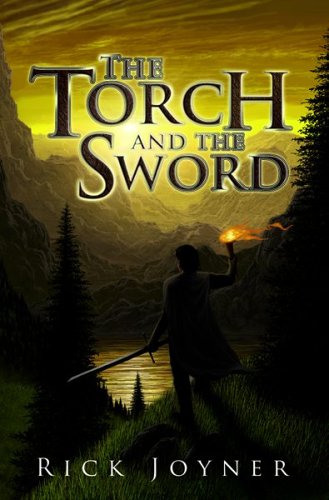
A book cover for The Torch and the Sword (Final Quest); Rick Joyner; Christian Books & Bibles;